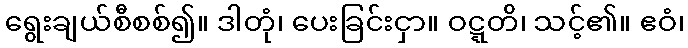
ရွေးချယ်စီစစ်၍။ ဒါတုံ၊ ပေးခြင်းငှာ။ ဝဋ္ဋတိ၊ သင့်၏။ ဧဝံ၊